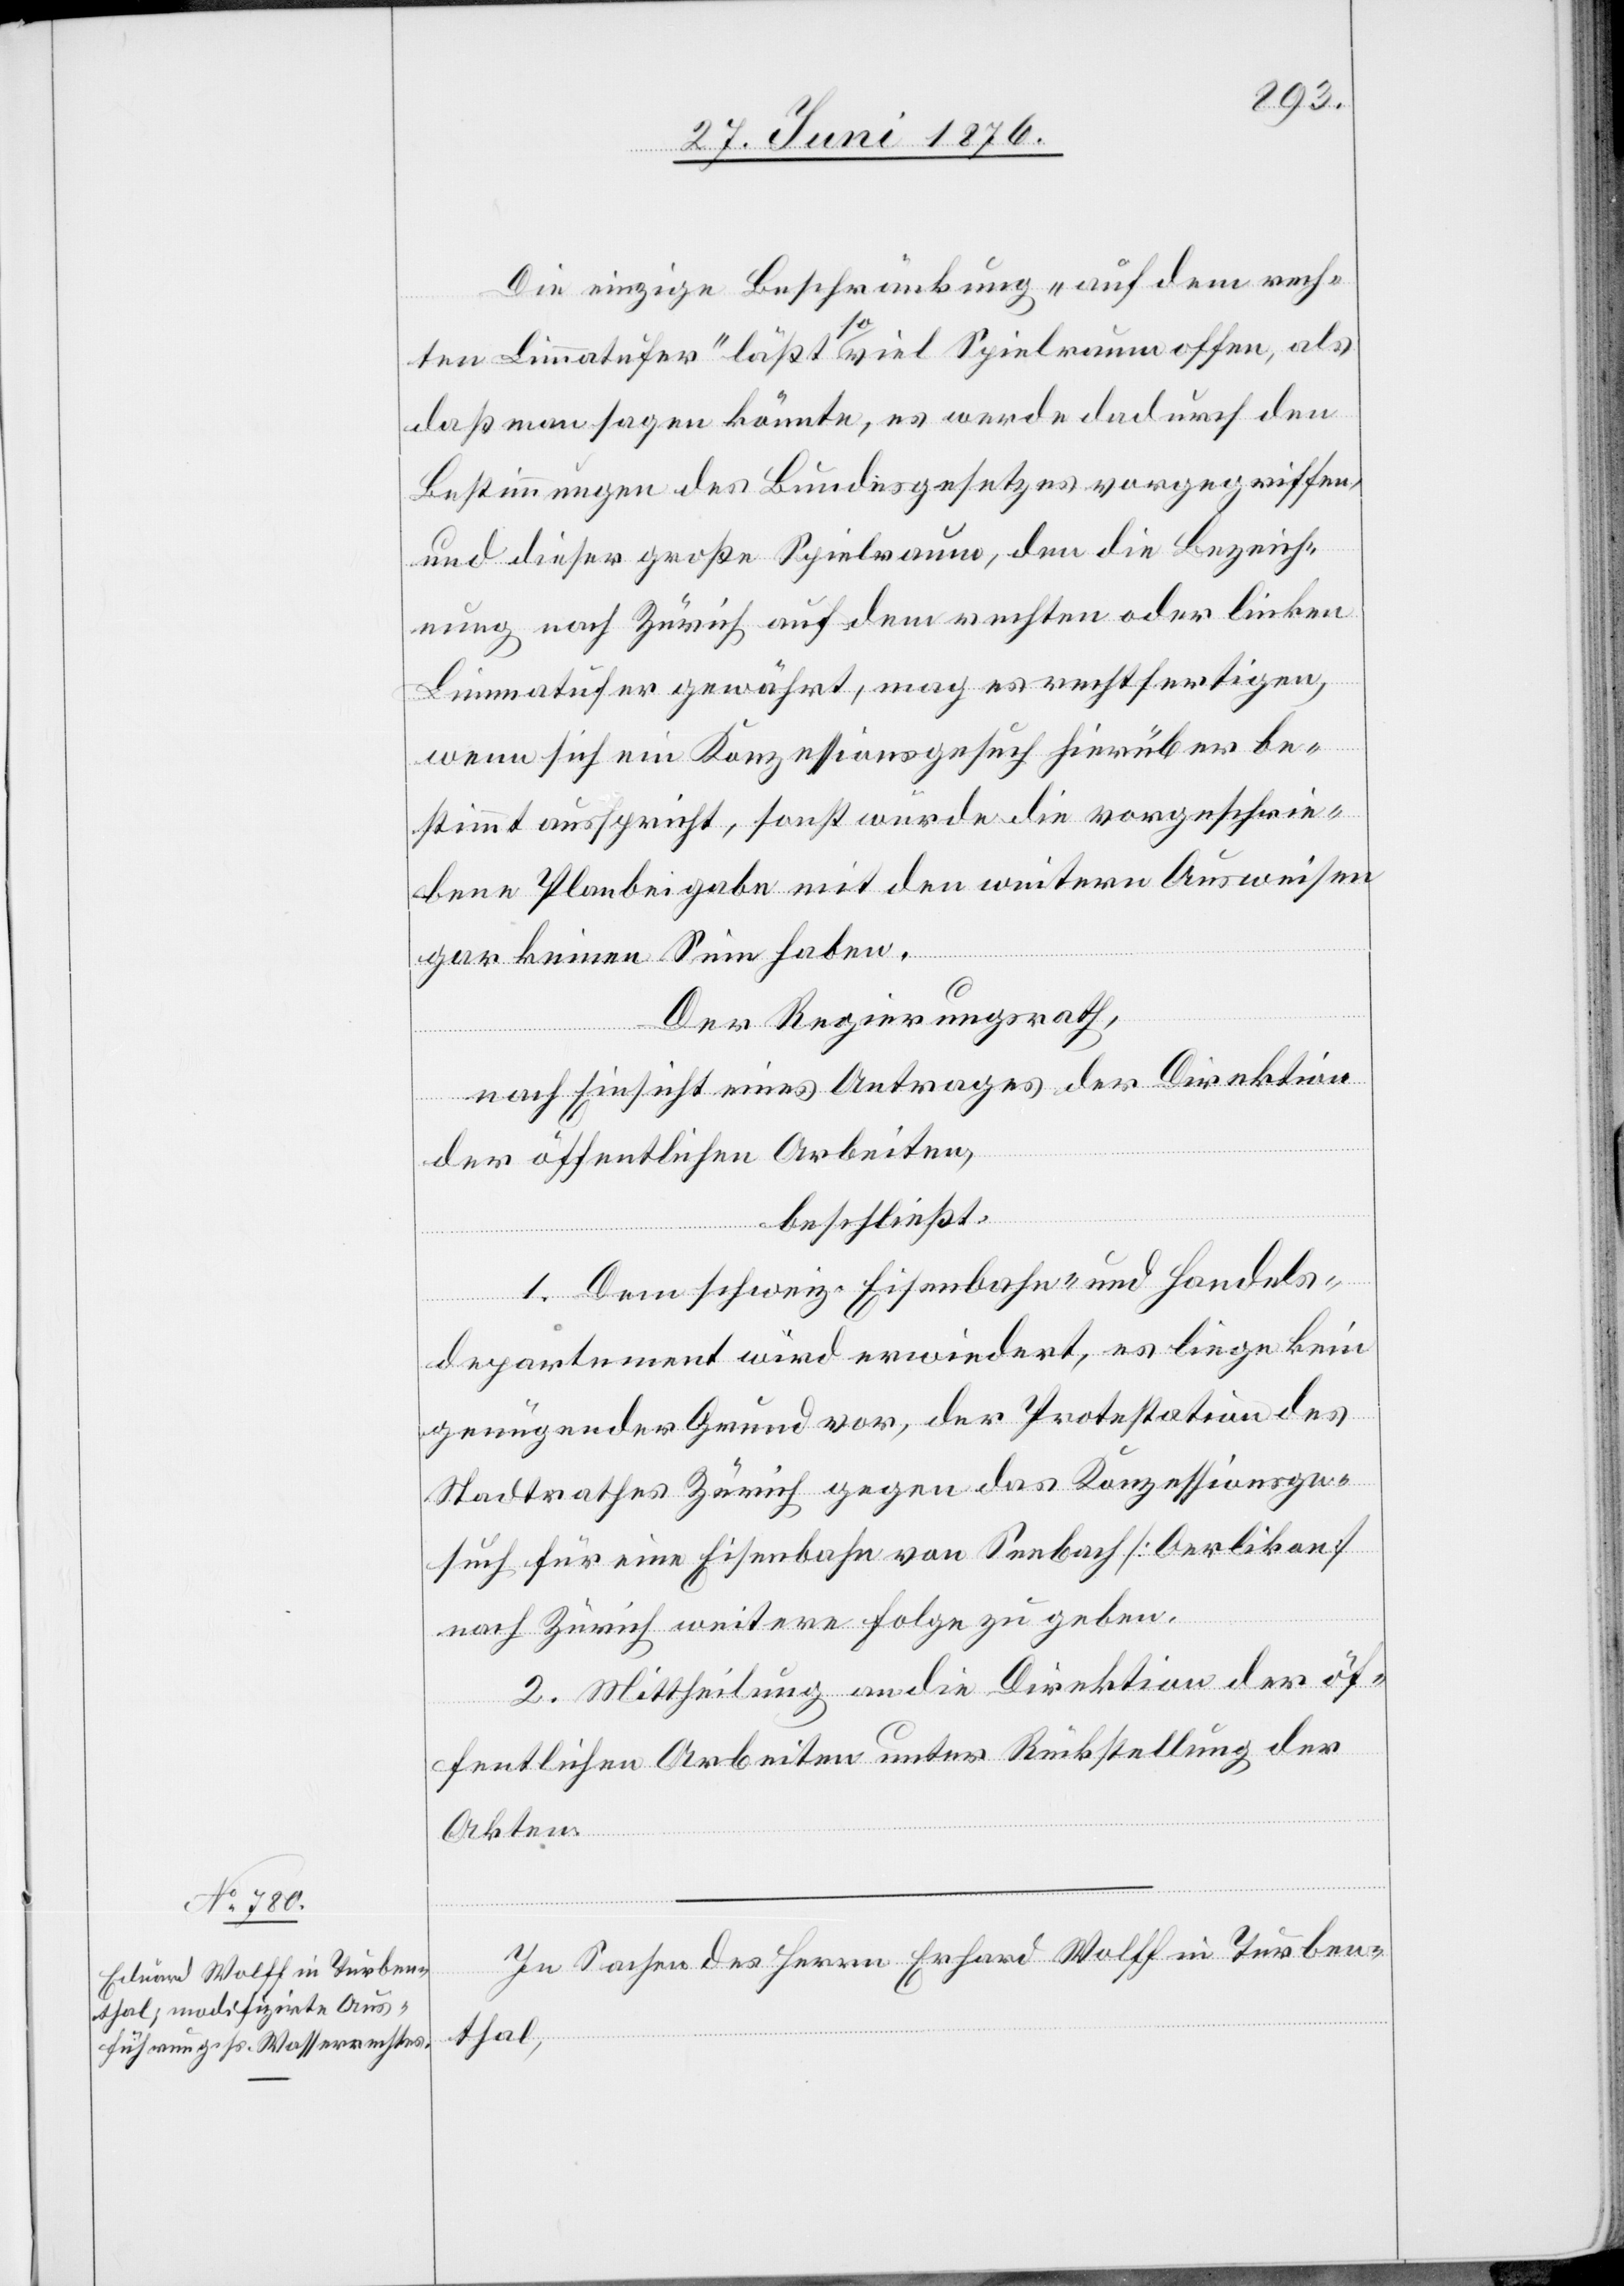
Die einzige Beschränkung „auf dem rech¬
ten Limmatufer“ läßt a-so-a viel Spielraum offen, als
daß man sagen könnte, es werde dadurch den
Bestimmungen des Bundesgesetzes vorgegriffen,
und dieser große Spielraum, den die Bezeich¬
nung nach Zürich auf dem rechten oder linken
Limmatufer gewährt, mag es rechtfertigen,
wenn sich ein Konzessionsgesuch hierüber be¬
stimmt aussprich, sonst würde die vorgeschrie¬
bene Planbeigabe mit den weitern Ausweisen
gar keinen Sinn haben.
Der Regierungsrath,
nach Einsicht eines Antrages der Direktion
der öffentlichen Arbeiten,
beschließt:
1. Dem schweiz. Eisenbahn- und Handels¬
departement wird erwiedert, es liege kein
genügender Grund vor, der Protestation des
Stadtrathes Zürich gegen das Konzessionsge¬
such für eine Eisenbahn von Seebach [Oerlikon]
nach Zürich weitere Folge zu geben.
2. Mittheilung an die Direktion der öf¬
fentlichen Arbeiten unter Rückstellung der
Akten.
In Sachen des Herrn Erhard [sic!] Wolff in Turben¬
thal,